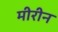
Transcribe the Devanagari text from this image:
मीरीन